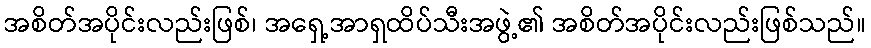
အစိတ်အပိုင်းလည်းဖြစ်၊ အရှေ့အာရှထိပ်သီးအဖွဲ့၏ အစိတ်အပိုင်းလည်းဖြစ်သည်။